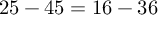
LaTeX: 2 5 - 4 5 = 1 6 - 3 6